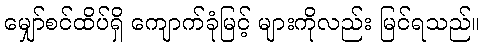
မျှော်စင်ထိပ်ရှိ ကျောက်ခုံမြင့် များကိုလည်း မြင်ရသည်။